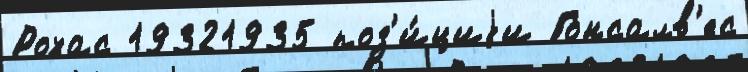
Рохас 19321935 поз'и́циjи Гонсалв'ес